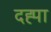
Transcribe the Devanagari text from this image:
दह्पा